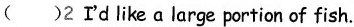
( )2 I'd like a large portion of fish.